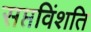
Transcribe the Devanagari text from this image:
सप्तविंशति